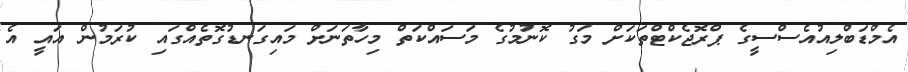
އެމްޑަބްލިއުއެސްސީގެ ޕްރޮޖެކްޓްތަކަށް މަގު ކޮނުމުގެ މަސައްކަތް މިހާތަނަށް މައިގަނޑުގޮތެއްގައި ކުރަމުން އައީ އެ